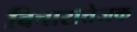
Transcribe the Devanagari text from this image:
विचारात्तेजक